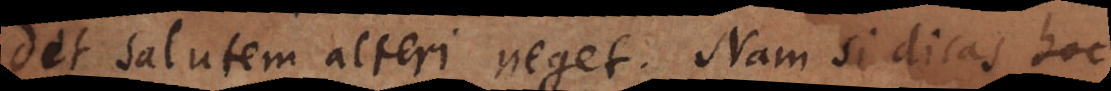
det salutem alteri neget. Nam si dicas hoc